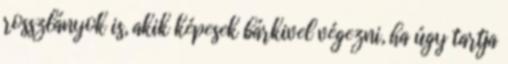
rosszlányok is, akik képesek bárkivel végezni, ha úgy tartja